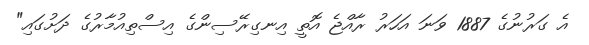
އެ ގަރުނުގެ 1887 ވަނަ އަހަރު ރާއްޖެ އޮތީ އިނގިރޭސިންގެ އިސްތިއުމާރުގެ ދަށުގައި"